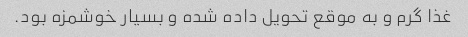
غذا گرم و به موقع تحویل داده شده و بسیار خوشمزه بود.